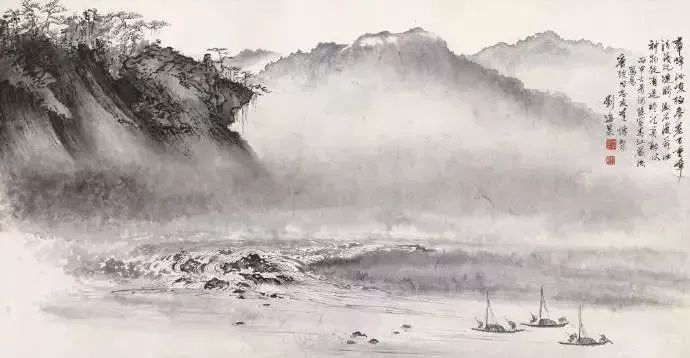
缺月挂疏桐，漏断人初静。